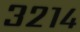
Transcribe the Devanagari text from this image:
३२१४